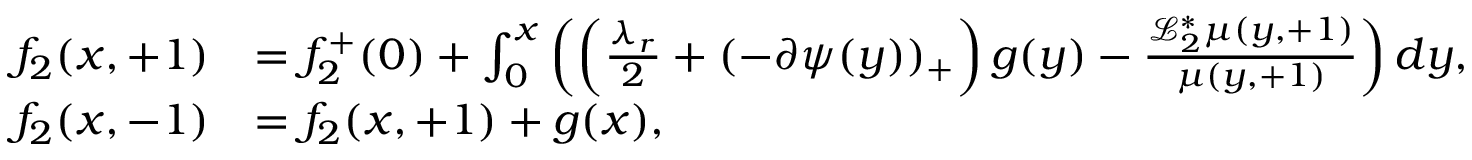
\begin{array} { r l } { f _ { 2 } ( x , + 1 ) } & { = f _ { 2 } ^ { + } ( 0 ) + \int _ { 0 } ^ { x } \left( \left( \frac { \lambda _ { r } } { 2 } + ( - \partial \psi ( y ) ) _ { + } \right) g ( y ) - \frac { \mathcal { L } _ { 2 } ^ { * } \mu ( y , + 1 ) } { \mu ( y , + 1 ) } \right) d y , } \\ { f _ { 2 } ( x , - 1 ) } & { = f _ { 2 } ( x , + 1 ) + g ( x ) , } \end{array}